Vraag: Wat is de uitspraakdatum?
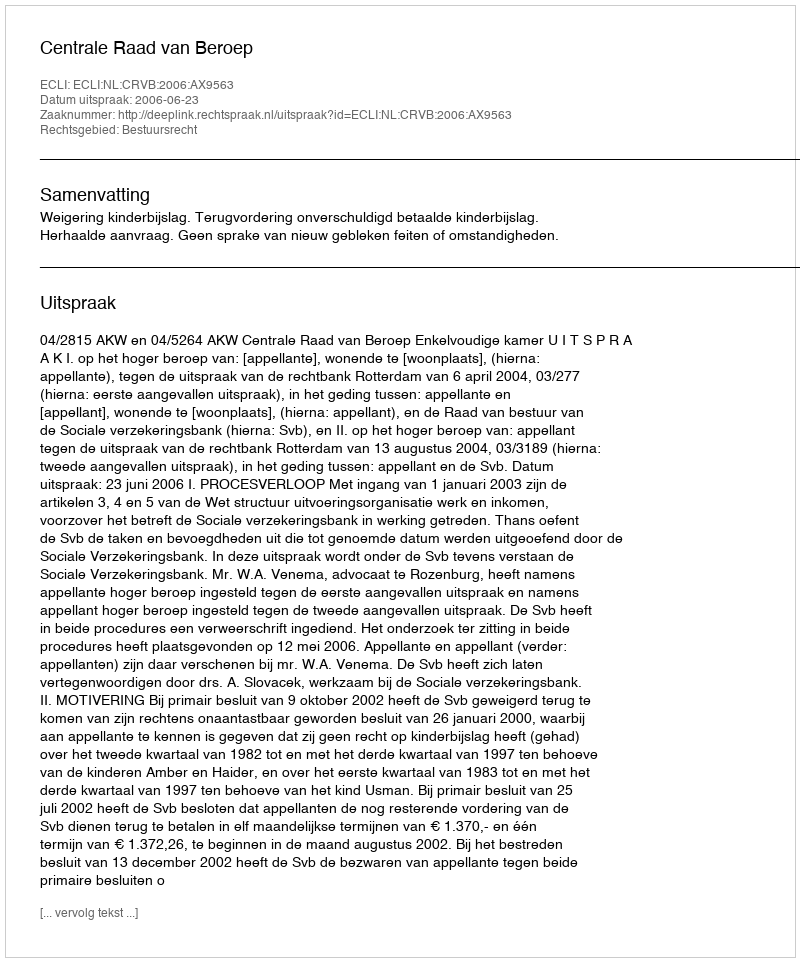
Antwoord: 2006-06-23